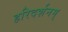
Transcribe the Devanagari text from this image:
हरिदर्शनम्